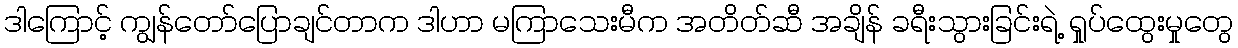
ဒါကြောင့် ကျွန်တော်ပြောချင်တာက ဒါဟာ မကြာသေးမီက အတိတ်ဆီ အချိန် ခရီးသွားခြင်းရဲ့ ရှုပ်ထွေးမှုတွေ